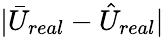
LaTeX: |\bar{U}_{real}-\hat{U}_{real}|